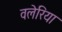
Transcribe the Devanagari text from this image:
वलेरिया